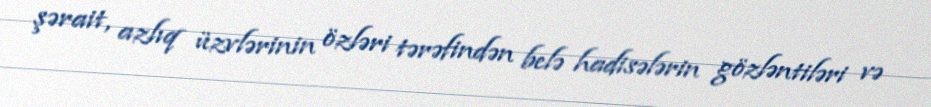
şərait, azlıq üzvlərinin özləri tərəfindən belə hadisələrin gözləntiləri və